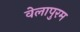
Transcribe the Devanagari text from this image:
वेलापुरम